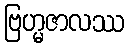
ဗြဟ္မဇာလဿ